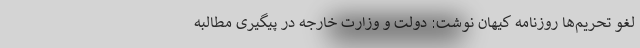
لغو تحریم‌ها روزنامه کیهان نوشت: دولت و وزارت خارجه در پیگیری مطالبه